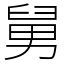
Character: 舅